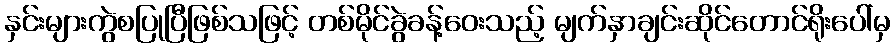
နှင်းများကွဲစပြုပြီဖြစ်သဖြင့် တစ်မိုင်ခွဲခန့်ဝေးသည့် မျက်နှာချင်းဆိုင်တောင်ရိုးပေါ်မှ